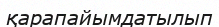
қарапайымдатылып